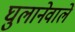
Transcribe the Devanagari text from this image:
घुलानेवाले